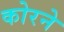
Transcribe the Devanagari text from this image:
कोरने